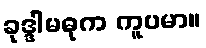
ခုဒ္ဒါမဓုက ကူပမာ။